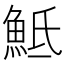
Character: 𩶅